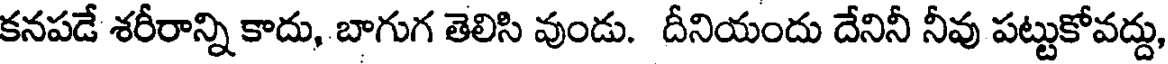
కనపడే శరీరాన్ని కాదు, బాగుగ తెలిసి వుండు. దీనియందు దేనినీ నీవు పట్టుకోవద్దు